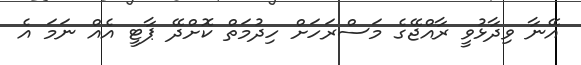
އޭނާ ވިދާޅުވީ ރާއްޖޭގެ މަސްރަހަށް ހިދުމަތް ކޮށްދޭ ޕާޓީ އެއް ނަމަ އެ